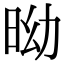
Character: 𣅺